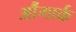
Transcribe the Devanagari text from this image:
औंगार्क